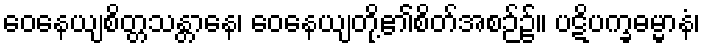
ဝေနေယျစိတ္တသန္တာနေ၊ ဝေနေယျတို့၏စိတ်အစဉ်၌။ ပဋိပက္ခဓမ္မာနံ၊